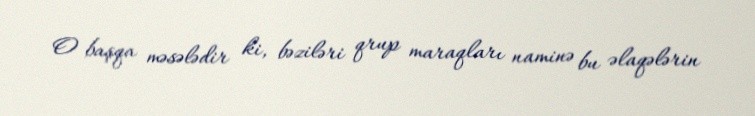
O başqa məsələdir ki, bəziləri qrup maraqları naminə bu əlaqələrin